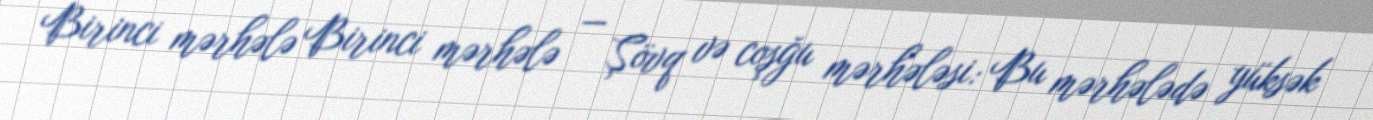
Birinci mərhələ Birinci mərhələ — Şövq və coşğu mərhələsi: Bu mərhələdə yüksək